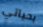
بحياتي